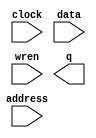
// megafunction wizard: %RAM: 1-PORT%VBB%
// GENERATION: STANDARD
// VERSION: WM1.0
// MODULE: altsyncram 

// ============================================================
// Megafunction Name(s):
// 			altsyncram
//
// Simulation Library Files(s):
// 			altera_mf
// ============================================================
// ************************************************************
// THIS IS A WIZARD-GENERATED FILE. DO NOT EDIT THIS FILE!
//
// 18.0.0 Build 614 04/24/2018 SJ Lite Edition
// ************************************************************

//Copyright (C) 2018  Intel Corporation. All rights reserved.
//Your use of Intel Corporation's design tools, logic functions 
//and other software and tools, and its AMPP partner logic 
//functions, and any output files from any of the foregoing 
//(including device programming or simulation files), and any 
//associated documentation or information are expressly subject 
//to the terms and conditions of the Intel Program License 
//Subscription Agreement, the Intel Quartus Prime License Agreement,
//the Intel FPGA IP License Agreement, or other applicable license
//agreement, including, without limitation, that your use is for
//the sole purpose of programming logic devices manufactured by
//Intel and sold by Intel or its authorized distributors.  Please
//refer to the applicable agreement for further details.

module noteFHGb (
	address,
	clock,
	data,
	wren,
	q);

	input	[7:0]  address;
	input	  clock;
	input	[2:0]  data;
	input	  wren;
	output	[2:0]  q;
`ifndef ALTERA_RESERVED_QIS
// synopsys translate_off
`endif
	tri1	  clock;
`ifndef ALTERA_RESERVED_QIS
// synopsys translate_on
`endif

endmodule

// ============================================================
// CNX file retrieval info
// ============================================================
// Retrieval info: PRIVATE: ADDRESSSTALL_A NUMERIC "0"
// Retrieval info: PRIVATE: AclrAddr NUMERIC "0"
// Retrieval info: PRIVATE: AclrByte NUMERIC "0"
// Retrieval info: PRIVATE: AclrData NUMERIC "0"
// Retrieval info: PRIVATE: AclrOutput NUMERIC "0"
// Retrieval info: PRIVATE: BYTE_ENABLE NUMERIC "0"
// Retrieval info: PRIVATE: BYTE_SIZE NUMERIC "8"
// Retrieval info: PRIVATE: BlankMemory NUMERIC "0"
// Retrieval info: PRIVATE: CLOCK_ENABLE_INPUT_A NUMERIC "0"
// Retrieval info: PRIVATE: CLOCK_ENABLE_OUTPUT_A NUMERIC "0"
// Retrieval info: PRIVATE: Clken NUMERIC "0"
// Retrieval info: PRIVATE: DataBusSeparated NUMERIC "1"
// Retrieval info: PRIVATE: IMPLEMENT_IN_LES NUMERIC "0"
// Retrieval info: PRIVATE: INIT_FILE_LAYOUT STRING "PORT_A"
// Retrieval info: PRIVATE: INIT_TO_SIM_X NUMERIC "0"
// Retrieval info: PRIVATE: INTENDED_DEVICE_FAMILY STRING "Cyclone V"
// Retrieval info: PRIVATE: JTAG_ENABLED NUMERIC "0"
// Retrieval info: PRIVATE: JTAG_ID STRING "NONE"
// Retrieval info: PRIVATE: MAXIMUM_DEPTH NUMERIC "0"
// Retrieval info: PRIVATE: MIFfilename STRING "noteF.mif"
// Retrieval info: PRIVATE: NUMWORDS_A NUMERIC "140"
// Retrieval info: PRIVATE: RAM_BLOCK_TYPE NUMERIC "0"
// Retrieval info: PRIVATE: READ_DURING_WRITE_MODE_PORT_A NUMERIC "3"
// Retrieval info: PRIVATE: RegAddr NUMERIC "1"
// Retrieval info: PRIVATE: RegData NUMERIC "1"
// Retrieval info: PRIVATE: RegOutput NUMERIC "0"
// Retrieval info: PRIVATE: SYNTH_WRAPPER_GEN_POSTFIX STRING "0"
// Retrieval info: PRIVATE: SingleClock NUMERIC "1"
// Retrieval info: PRIVATE: UseDQRAM NUMERIC "1"
// Retrieval info: PRIVATE: WRCONTROL_ACLR_A NUMERIC "0"
// Retrieval info: PRIVATE: WidthAddr NUMERIC "8"
// Retrieval info: PRIVATE: WidthData NUMERIC "3"
// Retrieval info: PRIVATE: rden NUMERIC "0"
// Retrieval info: LIBRARY: altera_mf altera_mf.altera_mf_components.all
// Retrieval info: CONSTANT: CLOCK_ENABLE_INPUT_A STRING "BYPASS"
// Retrieval info: CONSTANT: CLOCK_ENABLE_OUTPUT_A STRING "BYPASS"
// Retrieval info: CONSTANT: INIT_FILE STRING "noteF.mif"
// Retrieval info: CONSTANT: INTENDED_DEVICE_FAMILY STRING "Cyclone V"
// Retrieval info: CONSTANT: LPM_HINT STRING "ENABLE_RUNTIME_MOD=NO"
// Retrieval info: CONSTANT: LPM_TYPE STRING "altsyncram"
// Retrieval info: CONSTANT: NUMWORDS_A NUMERIC "140"
// Retrieval info: CONSTANT: OPERATION_MODE STRING "SINGLE_PORT"
// Retrieval info: CONSTANT: OUTDATA_ACLR_A STRING "NONE"
// Retrieval info: CONSTANT: OUTDATA_REG_A STRING "UNREGISTERED"
// Retrieval info: CONSTANT: POWER_UP_UNINITIALIZED STRING "FALSE"
// Retrieval info: CONSTANT: READ_DURING_WRITE_MODE_PORT_A STRING "NEW_DATA_NO_NBE_READ"
// Retrieval info: CONSTANT: WIDTHAD_A NUMERIC "8"
// Retrieval info: CONSTANT: WIDTH_A NUMERIC "3"
// Retrieval info: CONSTANT: WIDTH_BYTEENA_A NUMERIC "1"
// Retrieval info: USED_PORT: address 0 0 8 0 INPUT NODEFVAL "address[7..0]"
// Retrieval info: USED_PORT: clock 0 0 0 0 INPUT VCC "clock"
// Retrieval info: USED_PORT: data 0 0 3 0 INPUT NODEFVAL "data[2..0]"
// Retrieval info: USED_PORT: q 0 0 3 0 OUTPUT NODEFVAL "q[2..0]"
// Retrieval info: USED_PORT: wren 0 0 0 0 INPUT NODEFVAL "wren"
// Retrieval info: CONNECT: @address_a 0 0 8 0 address 0 0 8 0
// Retrieval info: CONNECT: @clock0 0 0 0 0 clock 0 0 0 0
// Retrieval info: CONNECT: @data_a 0 0 3 0 data 0 0 3 0
// Retrieval info: CONNECT: @wren_a 0 0 0 0 wren 0 0 0 0
// Retrieval info: CONNECT: q 0 0 3 0 @q_a 0 0 3 0
// Retrieval info: GEN_FILE: TYPE_NORMAL noteFHGb.v TRUE
// Retrieval info: GEN_FILE: TYPE_NORMAL noteFHGb.inc FALSE
// Retrieval info: GEN_FILE: TYPE_NORMAL noteFHGb.cmp FALSE
// Retrieval info: GEN_FILE: TYPE_NORMAL noteFHGb.bsf FALSE
// Retrieval info: GEN_FILE: TYPE_NORMAL noteFHGb_inst.v FALSE
// Retrieval info: GEN_FILE: TYPE_NORMAL noteFHGb_bb.v TRUE
// Retrieval info: LIB_FILE: altera_mf